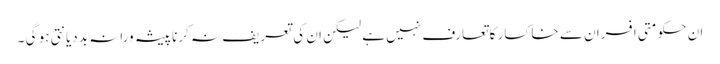
ان حکومتی افسران سے خاکسار کا تعارف نہیں ہے لیکن ان کی تعریف نہ کرنا پیشہ ورانہ بددیانتی ہو گی ۔